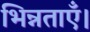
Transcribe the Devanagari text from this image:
भिन्नताएँ।